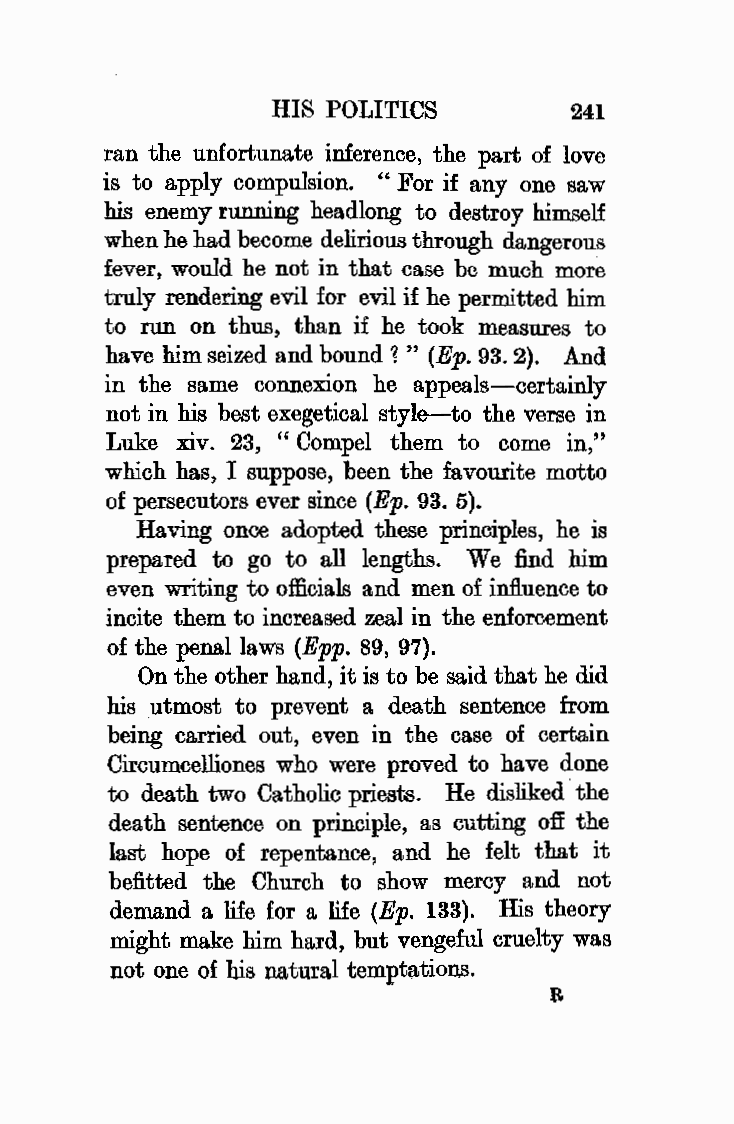
HIS POLITICS        241
 ran the unfortunate inference, the part of love
 is to apply compulsion. "For if any one saw
 his enemy running headlong to destroy himself
 when he had become delirious through dangerous
 fever, would he not in that case be much more
 truly rendering evil for evil if he permitted him
 to run on thus, than if he took measures to
 have him seized and bound 1 " (Ep. 93. 2}. And
 in the same connexion he appeals-certainly
 not in his best exegetical style-to the verse in
 Luke xiv. 23, "Compel them to come in,"
 which has, I suppose, been the favourite motto
 of persecutors ever since (Ep. 93. 5}.
 Having once adopted these principles, he is
 prepared to go to all lengths. We find him
 even writing to officials and men of influence to
 incite them to increased zeal in the enforcement
 of the penal laws (Epp. 89, 97).
 On the other hand, it is to be said that he did
 his utmost to prevent a death sentence from
 being carried out, even in the case of certain
 Circmmcelliones who were proved to have done
 to death two Catholic priests. He disliked the
 death sentence on principle, as cutting off the
 last hope of repentance, and he felt that it
 befitted the Church to show mercy and not
 demand a life for a life (Ep. 133). His theory
 might make him hard, but vengeful cruelty was
 not one of his natural temptations.
 R